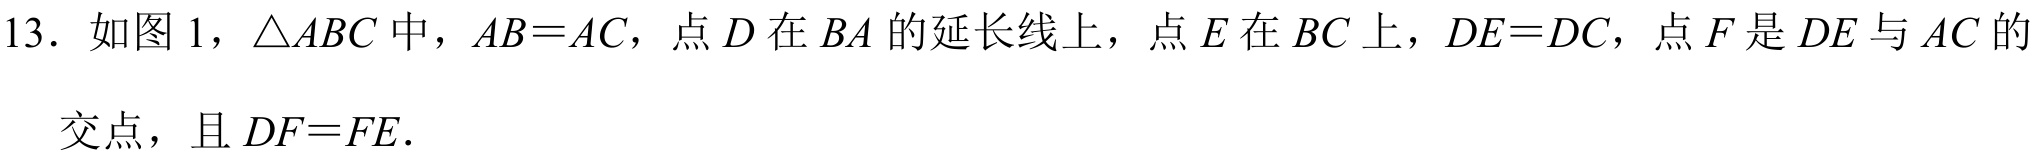
13. 如图 1，$\triangle ABC$中，$AB = AC$，点$D$在$BA$的延长线上，点$E$在$BC$上，$DE = DC$，点$F$是$DE$与$AC$的交点，且$DF = FE$.